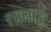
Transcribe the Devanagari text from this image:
त्यामद्धे